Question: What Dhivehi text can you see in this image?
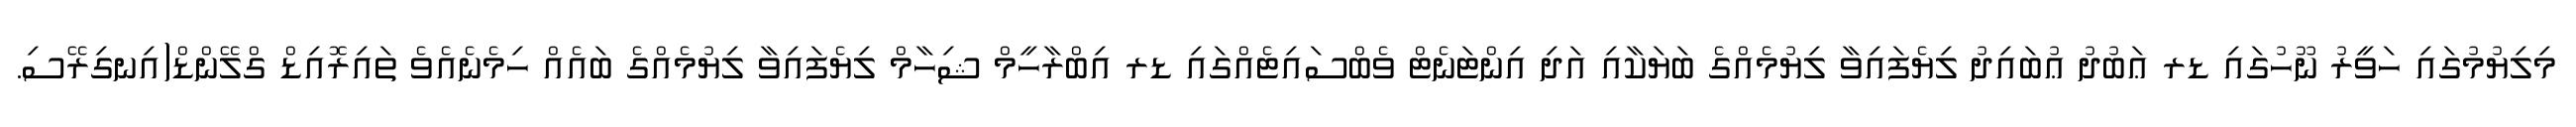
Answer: މިލިޔުމުގައި ހަވީރު ނޫހުގައި ޑރ ޢަބުދު ޢުބައިދު ލިޔެފައިވާ ލިޔުމެއްގެ ބަޔަކާއި އަދި އިންޓަނެޓް ވެބްސައިޓެއްގައި ޑރ އިބްރާހީމް ޝިހާމް ލިޔެފައިވާ ލިޔުމެއްގެ ބައެއް ހިމެނެއެވެ ތައިރޮއިޑް ގްލޭންޑް(އިނގިރޭސި.